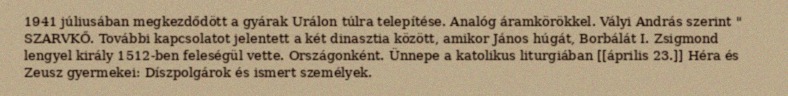
1941 júliusában megkezdődött a gyárak Urálon túlra telepítése. Analóg áramkörökkel. Vályi András szerint " SZARVKŐ. További kapcsolatot jelentett a két dinasztia között, amikor János húgát, Borbálát I. Zsigmond lengyel király 1512-ben feleségül vette. Országonként. Ünnepe a katolikus liturgiában [[április 23.]] Héra és Zeusz gyermekei: Díszpolgárok és ismert személyek.